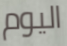
اليوم